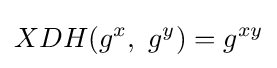
XDH(g^{x},\ g^{y})=g^{xy}